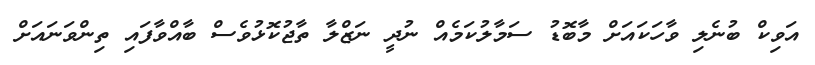
އަވިކް ބުނެލި ވާހަކައަށް މާބޮޑު ސަމާލުކަމެއް ނުދީ ނަޒްލާ ތާޖުކޮޅުވެސް ބާއްވާފައި ތިންވަނައަށް